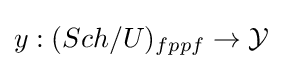
y:(Sch/U)_{fppf}\to {\mathcal {Y}}